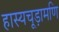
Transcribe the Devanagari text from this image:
हास्यचूड़ामणि